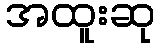
အထူးဆု